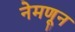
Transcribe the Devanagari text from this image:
नेमणून